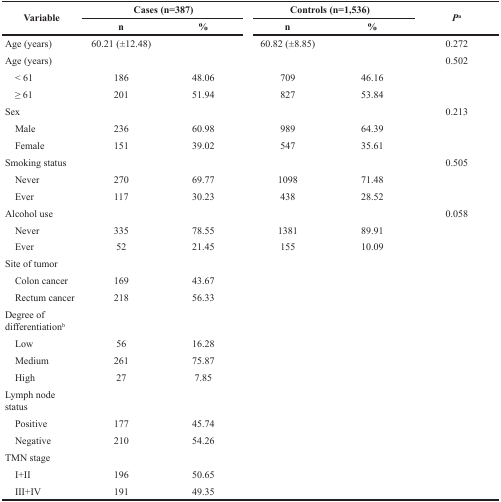
<table><thead><tr><td rowspan="2"><b>Variable</b></td><td colspan="2"><b>Cases (n=387)</b></td><td colspan="2"><b>Controls (n=1,536)</b></td><td rowspan="2"><b><i>P</i><sup>a</sup></b></td></tr><tr><td><b>n</b></td><td><b>%</b></td><td><b>n</b></td><td><b>%</b></td></tr></thead><tbody><tr><td>Age (years)</td><td>60.21 (±12.48)</td><td></td><td>60.82 (±8.85)</td><td></td><td>0.272</td></tr><tr><td>Age (years)</td><td></td><td></td><td></td><td></td><td>0.502</td></tr><tr><td> &lt; 61</td><td>186</td><td>48.06</td><td>709</td><td>46.16</td><td></td></tr><tr><td> ≥ 61</td><td>201</td><td>51.94</td><td>827</td><td>53.84</td><td></td></tr><tr><td>Sex</td><td></td><td></td><td></td><td></td><td>0.213</td></tr><tr><td> Male</td><td>236</td><td>60.98</td><td>989</td><td>64.39</td><td></td></tr><tr><td> Female</td><td>151</td><td>39.02</td><td>547</td><td>35.61</td><td></td></tr><tr><td>Smoking status</td><td></td><td></td><td></td><td></td><td>0.505</td></tr><tr><td> Never</td><td>270</td><td>69.77</td><td>1098</td><td>71.48</td><td></td></tr><tr><td> Ever</td><td>117</td><td>30.23</td><td>438</td><td>28.52</td><td></td></tr><tr><td>Alcohol use</td><td></td><td></td><td></td><td></td><td>0.058</td></tr><tr><td> Never</td><td>335</td><td>78.55</td><td>1381</td><td>89.91</td><td></td></tr><tr><td> Ever</td><td>52</td><td>21.45</td><td>155</td><td>10.09</td><td></td></tr><tr><td>Site of tumor</td><td></td><td></td><td></td><td></td><td></td></tr><tr><td> Colon cancer</td><td>169</td><td>43.67</td><td></td><td></td><td></td></tr><tr><td> Rectum cancer</td><td>218</td><td>56.33</td><td></td><td></td><td></td></tr><tr><td>Degree of differentiation<sup>b</sup></td><td></td><td></td><td></td><td></td><td></td></tr><tr><td> Low</td><td>56</td><td>16.28</td><td></td><td></td><td></td></tr><tr><td> Medium</td><td>261</td><td>75.87</td><td></td><td></td><td></td></tr><tr><td> High</td><td>27</td><td>7.85</td><td></td><td></td><td></td></tr><tr><td>Lymph node status</td><td></td><td></td><td></td><td></td><td></td></tr><tr><td> Positive</td><td>177</td><td>45.74</td><td></td><td></td><td></td></tr><tr><td> Negative</td><td>210</td><td>54.26</td><td></td><td></td><td></td></tr><tr><td>TMN stage</td><td></td><td></td><td></td><td></td><td></td></tr><tr><td> I+II</td><td>196</td><td>50.65</td><td></td><td></td><td></td></tr><tr><td> III+IV</td><td>191</td><td>49.35</td><td></td><td></td><td></td></tr></tbody></table>